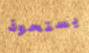
يستحوذ